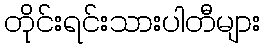
တိုင်းရင်းသားပါတီများ